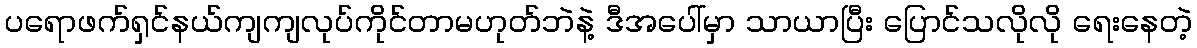
ပရောဖက်ရှင်နယ်ကျကျလုပ်ကိုင်တာမဟုတ်ဘဲနဲ့ ဒီအပေါ်မှာ သာယာပြီး ပြောင်သလိုလို ရေးနေတဲ့